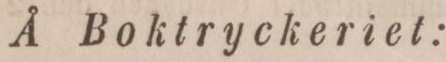
Å Boktryckeriet: